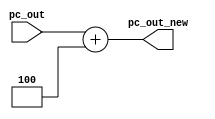
module Addr #(parameter integer DWIDTH=32 )
 (
  input  wire [DWIDTH-1:0] pc_out ,
  output  wire [DWIDTH-1:0] pc_out_new
 );
  assign pc_out_new = pc_out + 4 ;
endmodule